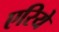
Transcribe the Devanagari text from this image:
एरिये